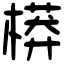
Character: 𣙷